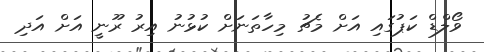
ވޯލްޑް ކަޕުގައި އަށް މެޗު މިހާތަނަށް ކުޅުނު އިރު ރޫނީ އަށް އަދި